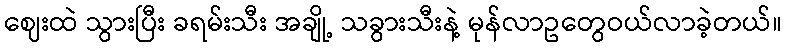
ဈေးထဲ သွားပြီး ခရမ်းသီး အချို့ သခွားသီးနဲ့ မုန်လာဥတွေဝယ်လာခဲ့တယ်။